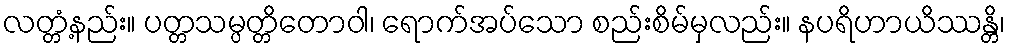
လတ္တံ့နည်း။ ပတ္တသမ္ပတ္တိတောဝါ၊ ရောက်အပ်သော စည်းစိမ်မှလည်း။ နပရိဟာယိဿန္တိ၊